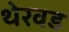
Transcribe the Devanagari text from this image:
थेरवड